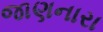
જાણનારા